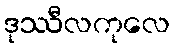
ဒုဿီလကုလေ